Annual report on the working of the mental hospitals in the Madras Presidency - 1912-1932
Year: 1912
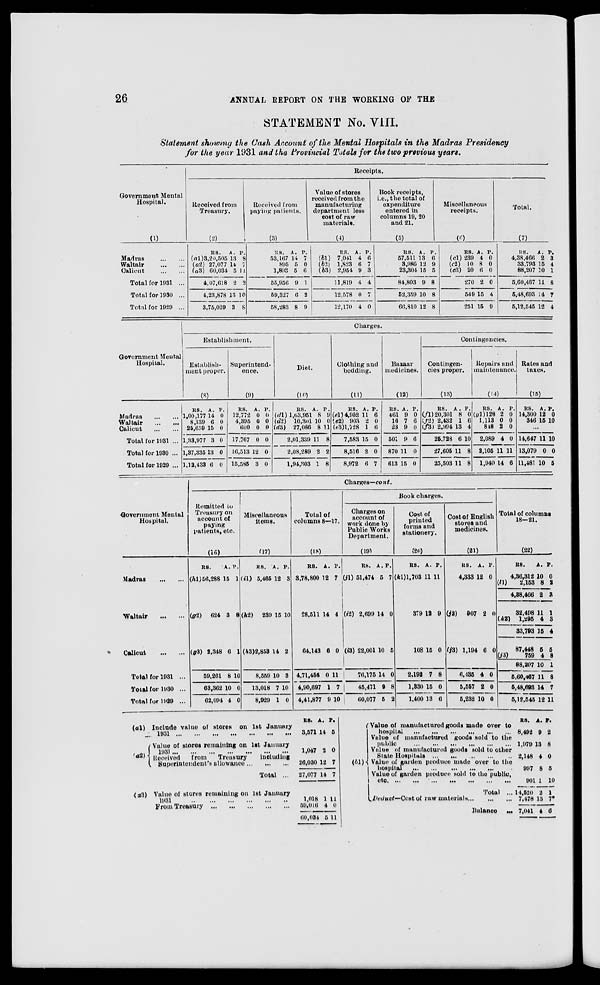
26
ANNUAL,
REPORT
ON THE WORKING OF THE
STATEMENT No. VIII.
Statement showing the Cash Account of the Mental Hospitals in the Madras Presidency
for the year 1931 and the Provincial Totals for the two previous years.
Government Mental
Hospital.
(1)
Madras
...
...
Waltair
...
...
Calicut
...
...
Total for 1931 ...
Total for 1930 ...
Total for 1929 ...
Receipts.
Received from
Treasury.
(2)
RS.
(a1)3,20,505
(a2) 27,077
(a3) 60,034
4,07,618
4,23,878
3,75,029
A.
13
14
5
2
13
3
P.
8
7
11
2
10
8
Received from
paying patients.
(3)
RS.
53,167
895
1,893
55,956
59,327
58,283
A.
14
5
5
9
6
8
P.
7
0
6
1
2
9
Value of stores
received from the
manufacturing
department less
cost of raw
materials.
(4)
RS.
(b1) 7,041
(b2)
1,823
(b3) 2,954
11,819
12,578
12,170
A.
4
6
9
4
0
4
P.
6
7
3
4
7
0
Book receipts,
i.e., the total of
expenditure
entered in
columns 19, 20
and 21.
(5)
RS.
57,511
3,986
23,304
84,803
52,359
66,810
A.
13
12
15
9
10
12
P.
6
9
5
8
8
8
Miscellaneous
receipts.
(6)
RS.
(c1) 239
(c2) 10
(c3) 20
270
549
251
A.
4
8
6
2
15
15
P.
0
0
0
0
4
9
Total.
(7)
RS.
4,38,466
33,793
88,207
5,60,467
5,48,693
5,12,545
A.
2
15
10
11
14
12
P.
3
4
1
8
7
4
Government Mental
Hospital.
Madras
...
...
Waltair
...
...
Calicut
...
...
Total for 1931 ...
Total for 1930 ...
Total for 1929 ...
Charges.
Establishment.
Establish-
ment proper.
(8)
RS.
1,00,177
8,139
25,659
1,33,977
1,37,335
1,12,438
A.
14
6
15
3
13
6
P.
0
0
0
0
0
0
Superintend-
ence.
(9)
RS.
12,772
4,395
600
17,767
16,513
15,585
A.
0
0
0
0
12
3
P.
0
0
0
0
0
0
Diet
(10)
RS.
(d1) 1,63,951
(d2)
10,301
(d3)
27,086
2,01,339
2,08,289
1,94,303
A.
8
10
8
11
2
1
P.
9
0
11
8
2
8
Clothing and
bedding.
(11)
RS.
(el) 4,952
(e2) 903
(e3)1,728
7,583
8,516
8,972
A.
11
2
1
15
2
6
P.
6
0
6
0
0
7
Bazaar
medicines.
(12)
RS.
461
16
23
501
870
613
A.
9
7
9
9
11
15
P.
0
6
0
6
0
0
Contingencies.
Contingen-
cies proper.
(13)
RS.
(f1) 20,301
(f2) 2,432
(f3) 2,994
26,728
27,605
25,503
A.
8
1
13
6
11
11
P.
0
6
4
10
8
8
Repairs and
maintenance.
(14)
RS.
(g1)128
1,113
848
2,089
2,105
1,940
A.
2
0
2
4
11
14
P.
0
0
0
0
11
6
Rates and
taxes.
(15)
RS.
14,300
346
A.
12
15
P.
0
10
...
14,647
13,079
11,481
11
0
10
10
0
5
Government Mental
Hospital.
Madras
...
...
Waltair
...
...
Calicut
...
...
Total for 1931 ...
Total for 1930 ...
Total for 1929 ...
Charges—cont.
Remitted to
Treasury on
account of
paying
patients, etc.
(16)
RS.
(h1)56,288
A.
15
P.
1
(g2)
624 3 8
(g3) 2,348 6 1
59,261
63,362
62,094
8
10
4
10
0
0
Miscellaneous
items.
(17)
RS.
(i1) 5,465
A.
12
P.
3
(h2)
239 15 10
(h3)2,853 14 2
8,559
13,018
8,029
10
7
1
3
10
0
Total of
columns 8—17.
(18)
RS.
3,78,800
A.
12
P.
7
28,511 14 4
64,143 6 0
4,71,456
4,90,697
4,41,877
0
1
9
11
7
10
Book charges.
Charges on
account of
work done by
Public Works
Department.
(19)
RS.
(jl) 51,474
A.
6
P.
7
(i2) 2,699 14 0
(l3) 22,001 10 5
76,175
45,471
60,077
14
9
5
0
8
2
Cost of
printed
forms and
stationery.
(20)
RS.
(k1)1,703
A.
11
P.
11
379 12 9
108 15 0
2,192
1,330
1,400
7
15
13
8
0
6
Cost of English
stores and
medicines.
(21)
RS.
4,333
A.
12
P.
0
(j2)
907 2 0
(j3) 1,194 6 0
6,185
5,557
5,232
4
2
10
0
0
0
Total of columns
18—21.
(22)
RS.
4,36,312
(l1)
2,153
4,88,466
32,498
(k2)
1,295
33,793
87,448
(j3)
759
88,207
5,60,467
5,48,693
5,12,545
A.
10
8
2
11
4
15
5
4
10
11
14
12
P.
0
2
3
1
3
4
5
8
1
8
7
11
(a1)
(a2)
Include value of stores
on 1st January
1931 ... ... ... ... ... ... ... ...
Value of stores remaining on 1st January
1931
...
...
...
...
...
...
...
...
Received
from
Treasury
including
Superintendent's allowance
...
...
...
Total ...
(a3) Value of stores remaining on 1st January
1931
...
...
...
...
...
...
...
From Treasury
...
...
...
...
...
RS.
3,571
1,047
26,030
27,077
1,018
59,016
60,034
A.
14
2
12
14
1
4
5
P.
5
0
7
7
11
0
11
(b1) Value of manufactured goods made over to
hospital
...
...
...
...
...
...
...
Value of manufactured goods sold to the
public
...
...
...
...
...
...
...
Value of manufactured goods sold to other
State Hospitals ... ... ... ... ... ...
Value of garden produce made over to the
hospital
...
...
...
...
...
...
...
Value of garden produce sold to the public
etc. ... ... ... ... ... ... ...
Total
...
Deduct—Cost of raw materials
...
...
...
Balance
...
RS.
8,492
1,970
2,148
997
901
14,520
7,478
7,041
A.
9
13
4
8
1
2
13
4
P.
2
8
0
5
10
1
7*
6